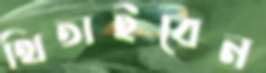
থিতাইবেন